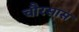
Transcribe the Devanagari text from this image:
चौरसास